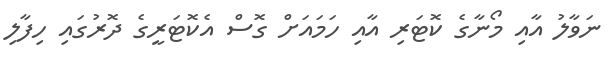
ނަވާލު އާއި މޯނާގެ ކޮޓަރި އާއި ހަމައަށް ގޮސް އެކޮޓަރީގެ ދޮރުގައި ހިފާލި